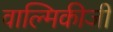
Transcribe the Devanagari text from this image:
वाल्‍मिकीजी